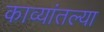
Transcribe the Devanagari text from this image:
काव्यांतल्या